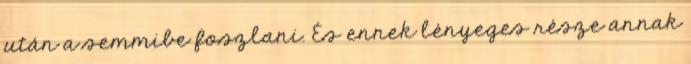
után a semmibe foszlani. És ennek lényeges része annak